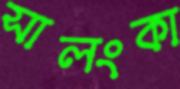
সালংকা